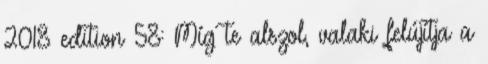
2018 edition 58: Míg te alszol, valaki felújítja a